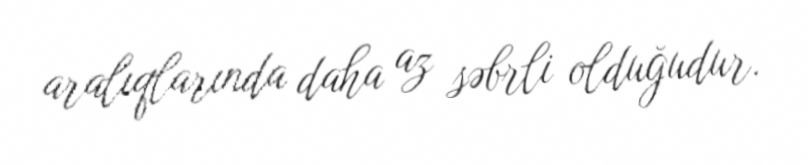
aralıqlarında daha az səbrli olduğudur.